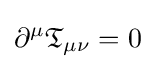
\partial ^{\mu }{\mathfrak {T}}_{\mu \nu }=0